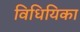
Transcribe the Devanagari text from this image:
विधियिका